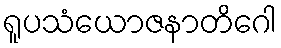
ရူပသံယောဇနာတိဂေါ